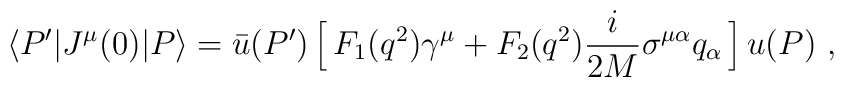
\langle P'| J^\mu (0) |P\rangle       = \bar u(P')\, \Big[\, F_1(q^2)\gamma^\mu +F_2(q^2){i\over 2M}\sigma^{\mu\alpha}q_\alpha\, \Big] \, u(P)\ ,